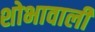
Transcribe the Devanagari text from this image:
शोभावाली